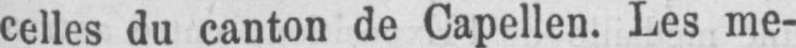
celles du canton de Capellen. Les me-